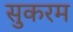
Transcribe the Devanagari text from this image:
सुकरम